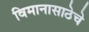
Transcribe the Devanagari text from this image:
विमानासाठेचे